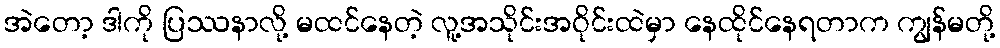
အဲတော့ ဒါကို ပြဿနာလို့ မထင်နေတဲ့ လူ့အသိုင်းအဝိုင်းထဲမှာ နေထိုင်နေရတာက ကျွန်မတို့